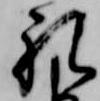
礼